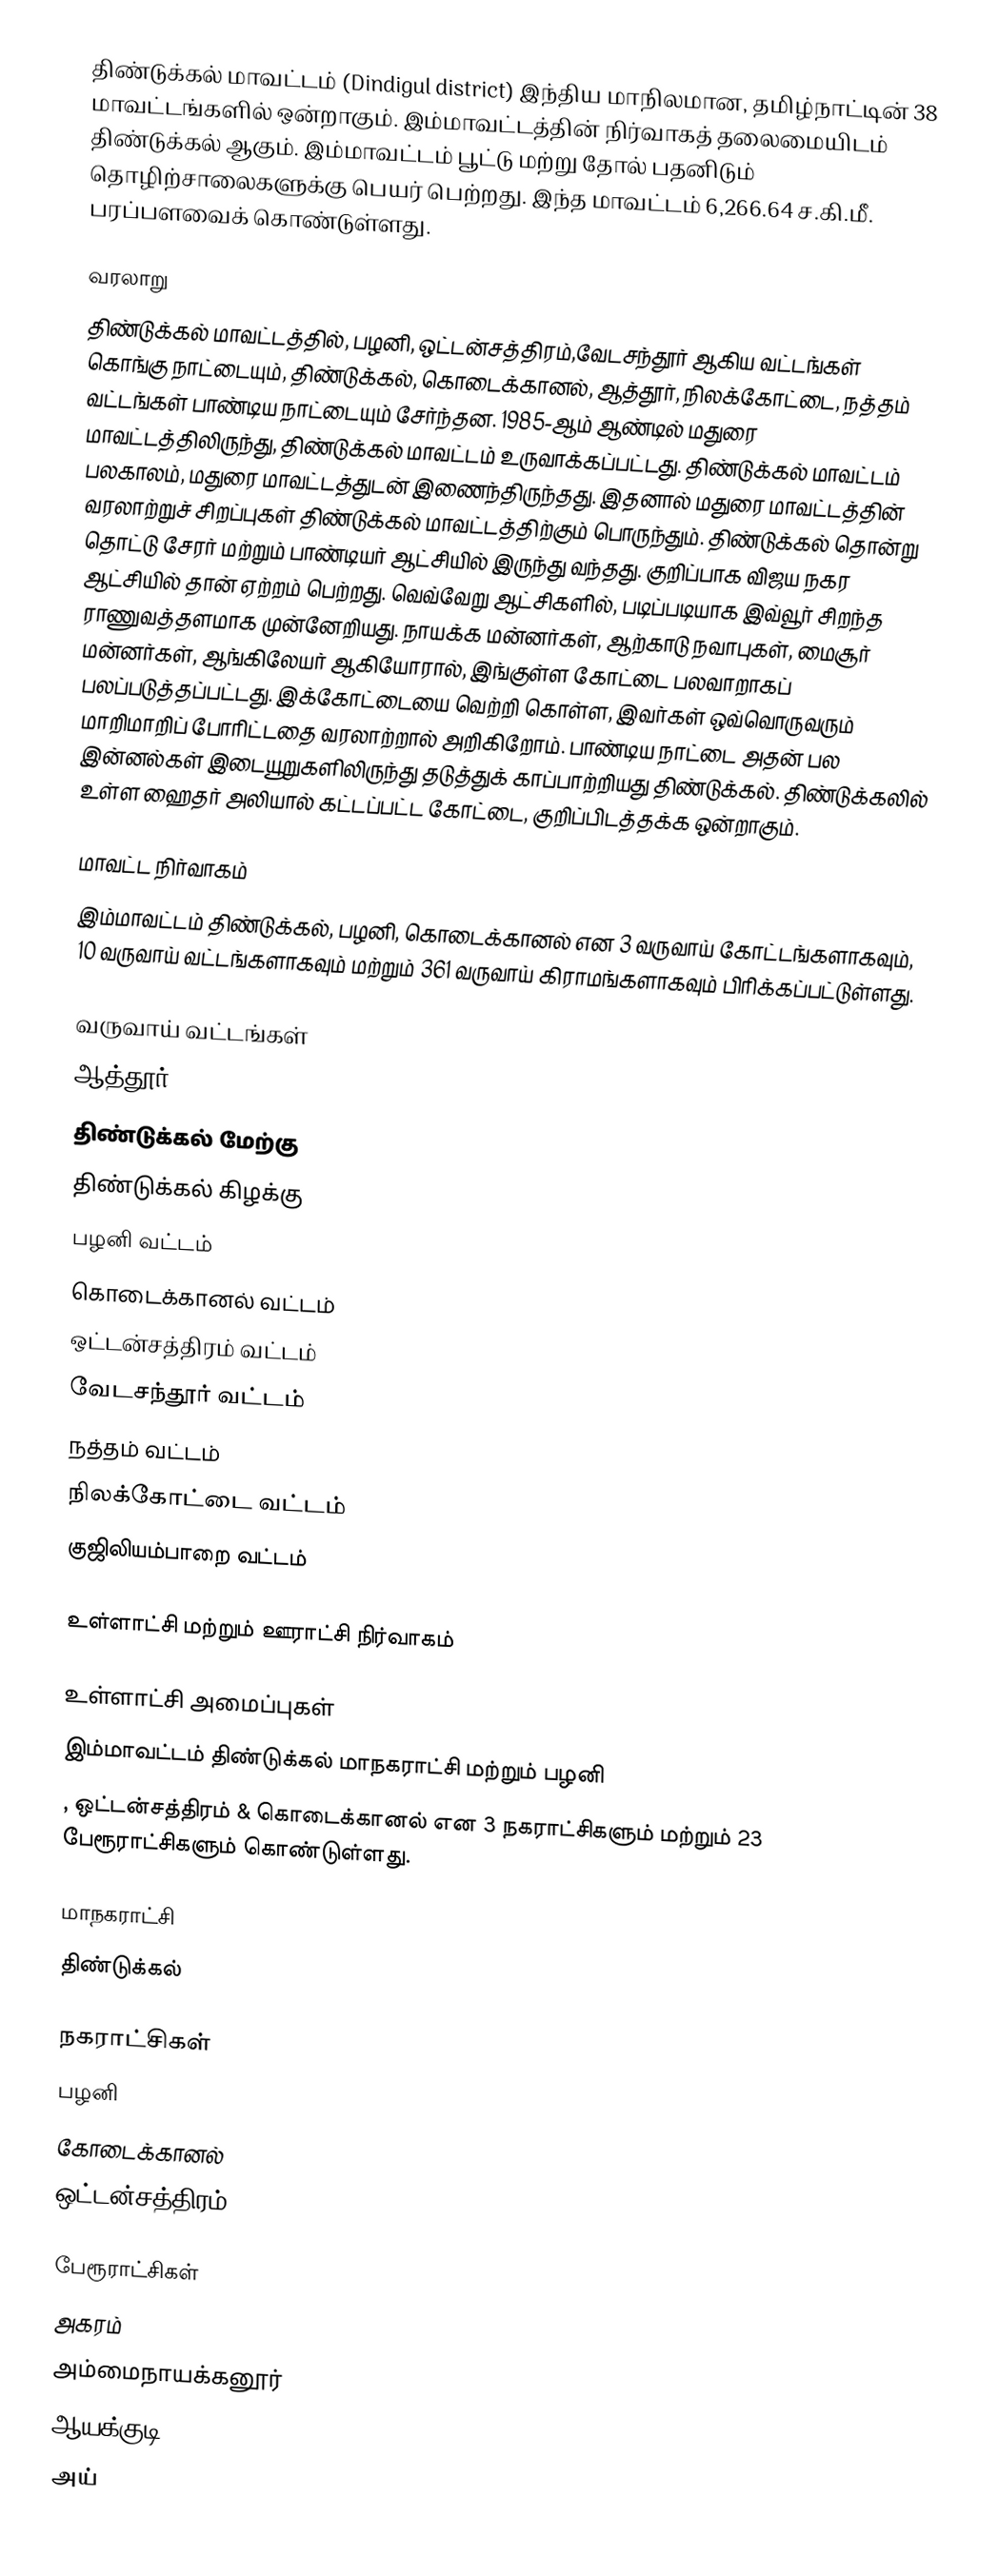
திண்டுக்கல் மாவட்டம் (Dindigul district) இந்திய மாநிலமான, தமிழ்நாட்டின் 38 மாவட்டங்களில் ஒன்றாகும். இம்மாவட்டத்தின் நிர்வாகத் தலைமையிடம் திண்டுக்கல் ஆகும். இம்மாவட்டம் பூட்டு மற்று தோல் பதனிடும் தொழிற்சாலைகளுக்கு பெயர் பெற்றது. இந்த மாவட்டம் 6,266.64 ச.கி.மீ. பரப்பளவைக் கொண்டுள்ளது.

வரலாறு
திண்டுக்கல் மாவட்டத்தில், பழனி, ஒட்டன்சத்திரம்,வேடசந்தூர் ஆகிய வட்டங்கள் கொங்கு நாட்டையும், திண்டுக்கல், கொடைக்கானல், ஆத்தூர், நிலக்கோட்டை, நத்தம் வட்டங்கள் பாண்டிய நாட்டையும் சேர்ந்தன. 1985-ஆம் ஆண்டில் மதுரை மாவட்டத்திலிருந்து, திண்டுக்கல் மாவட்டம் உருவாக்கப்பட்டது. திண்டுக்கல் மாவட்டம் பலகாலம், மதுரை மாவட்டத்துடன் இணைந்திருந்தது. இதனால் மதுரை மாவட்டத்தின் வரலாற்றுச் சிறப்புகள் திண்டுக்கல் மாவட்டத்திற்கும் பொருந்தும். திண்டுக்கல் தொன்று தொட்டு சேரர் மற்றும் பாண்டியர் ஆட்சியில் இருந்து வந்தது. குறிப்பாக விஜய நகர ஆட்சியில் தான் ஏற்றம் பெற்றது. வெவ்வேறு ஆட்சிகளில், படிப்படியாக இவ்வூர் சிறந்த ராணுவத்தளமாக முன்னேறியது. நாயக்க மன்னர்கள், ஆற்காடு நவாபுகள், மைசூர் மன்னர்கள், ஆங்கிலேயர் ஆகியோரால், இங்குள்ள கோட்டை பலவாறாகப் பலப்படுத்தப்பட்டது. இக்கோட்டையை வெற்றி கொள்ள, இவர்கள் ஒவ்வொருவரும் மாறிமாறிப் போரிட்டதை வரலாற்றால் அறிகிறோம். பாண்டிய நாட்டை அதன் பல இன்னல்கள் இடையூறுகளிலிருந்து தடுத்துக் காப்பாற்றியது திண்டுக்கல். திண்டுக்கலில் உள்ள ஹைதர் அலியால் கட்டப்பட்ட கோட்டை, குறிப்பிடத்தக்க ஒன்றாகும்.

மாவட்ட நிர்வாகம்
இம்மாவட்டம்  திண்டுக்கல், பழனி, கொடைக்கானல் என 3  வருவாய் கோட்டங்களாகவும், 10 வருவாய் வட்டங்களாகவும் மற்றும் 361 வருவாய் கிராமங்களாகவும் பிரிக்கப்பட்டுள்ளது.

வருவாய் வட்டங்கள்
 ஆத்தூர்
 திண்டுக்கல் மேற்கு
 திண்டுக்கல் கிழக்கு
 பழனி வட்டம்
 கொடைக்கானல் வட்டம்
 ஒட்டன்சத்திரம் வட்டம்
 வேடசந்தூர் வட்டம்
 நத்தம் வட்டம்
 நிலக்கோட்டை வட்டம்
 குஜிலியம்பாறை வட்டம்

உள்ளாட்சி மற்றும் ஊராட்சி நிர்வாகம்

உள்ளாட்சி அமைப்புகள்
இம்மாவட்டம் திண்டுக்கல் மாநகராட்சி மற்றும் பழனி
, ஒட்டன்சத்திரம்  & கொடைக்கானல் என 3 நகராட்சிகளும் மற்றும் 23 பேரூராட்சிகளும் கொண்டுள்ளது.

மாநகராட்சி
 திண்டுக்கல்

நகராட்சிகள்
  பழனி
 கோடைக்கானல்
 ஒட்டன்சத்திரம்

பேரூராட்சிகள்
அகரம்
அம்மைநாயக்கனூர்
ஆயக்குடி
அய்